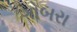
ગોબરા